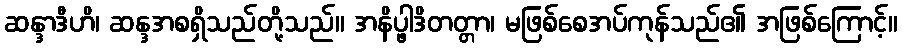
ဆန္ဒာဒီဟိ၊ ဆန္ဒအစရှိသည်တို့သည်။ အနိပ္ဖါဒိတတ္တာ၊ မဖြစ်စေအပ်ကုန်သည်၏ အဖြစ်ကြောင့်။